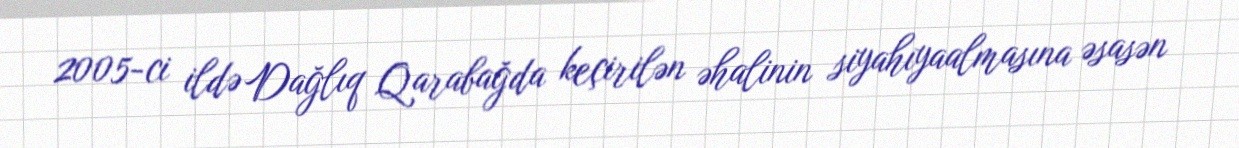
2005-ci ildə Dağlıq Qarabağda keçirilən əhalinin siyahıyaalmasına əsasən